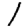
Digit: 1